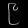
Digit: ၉